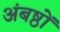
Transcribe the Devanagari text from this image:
अंबष्ठों